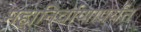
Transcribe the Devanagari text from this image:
महानिर्वाणापर्यंत